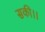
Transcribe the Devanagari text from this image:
सकी।।